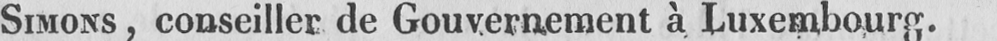
SIMONS, conseiller de Gouvernement à Luxembourg.